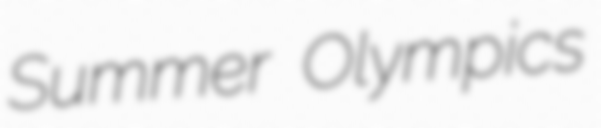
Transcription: Summer Olympics